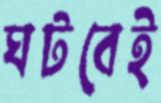
ঘটবেই